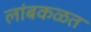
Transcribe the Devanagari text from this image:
लांबकळत